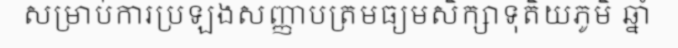
សម្រាប់ការប្រឡងសញ្ញាបត្រមធ្យមសិក្សាទុតិយភូមិ ឆ្នាំ